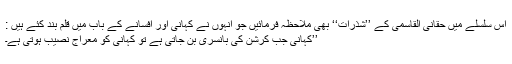
اس سلسلے میں حقانی القاسمی کے ’’شذرات‘‘ بھی ملاحظہ فرمائیں جو انہوں نے کہانی اور افسانے کے باب میں قلم بند کئے ہیں :
’’کہانی جب کرشن کی بانسری بن جاتی ہے تو کہانی کو معراج نصیب ہوتی ہے۔